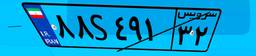
۶۱S۸۵۵۵۸